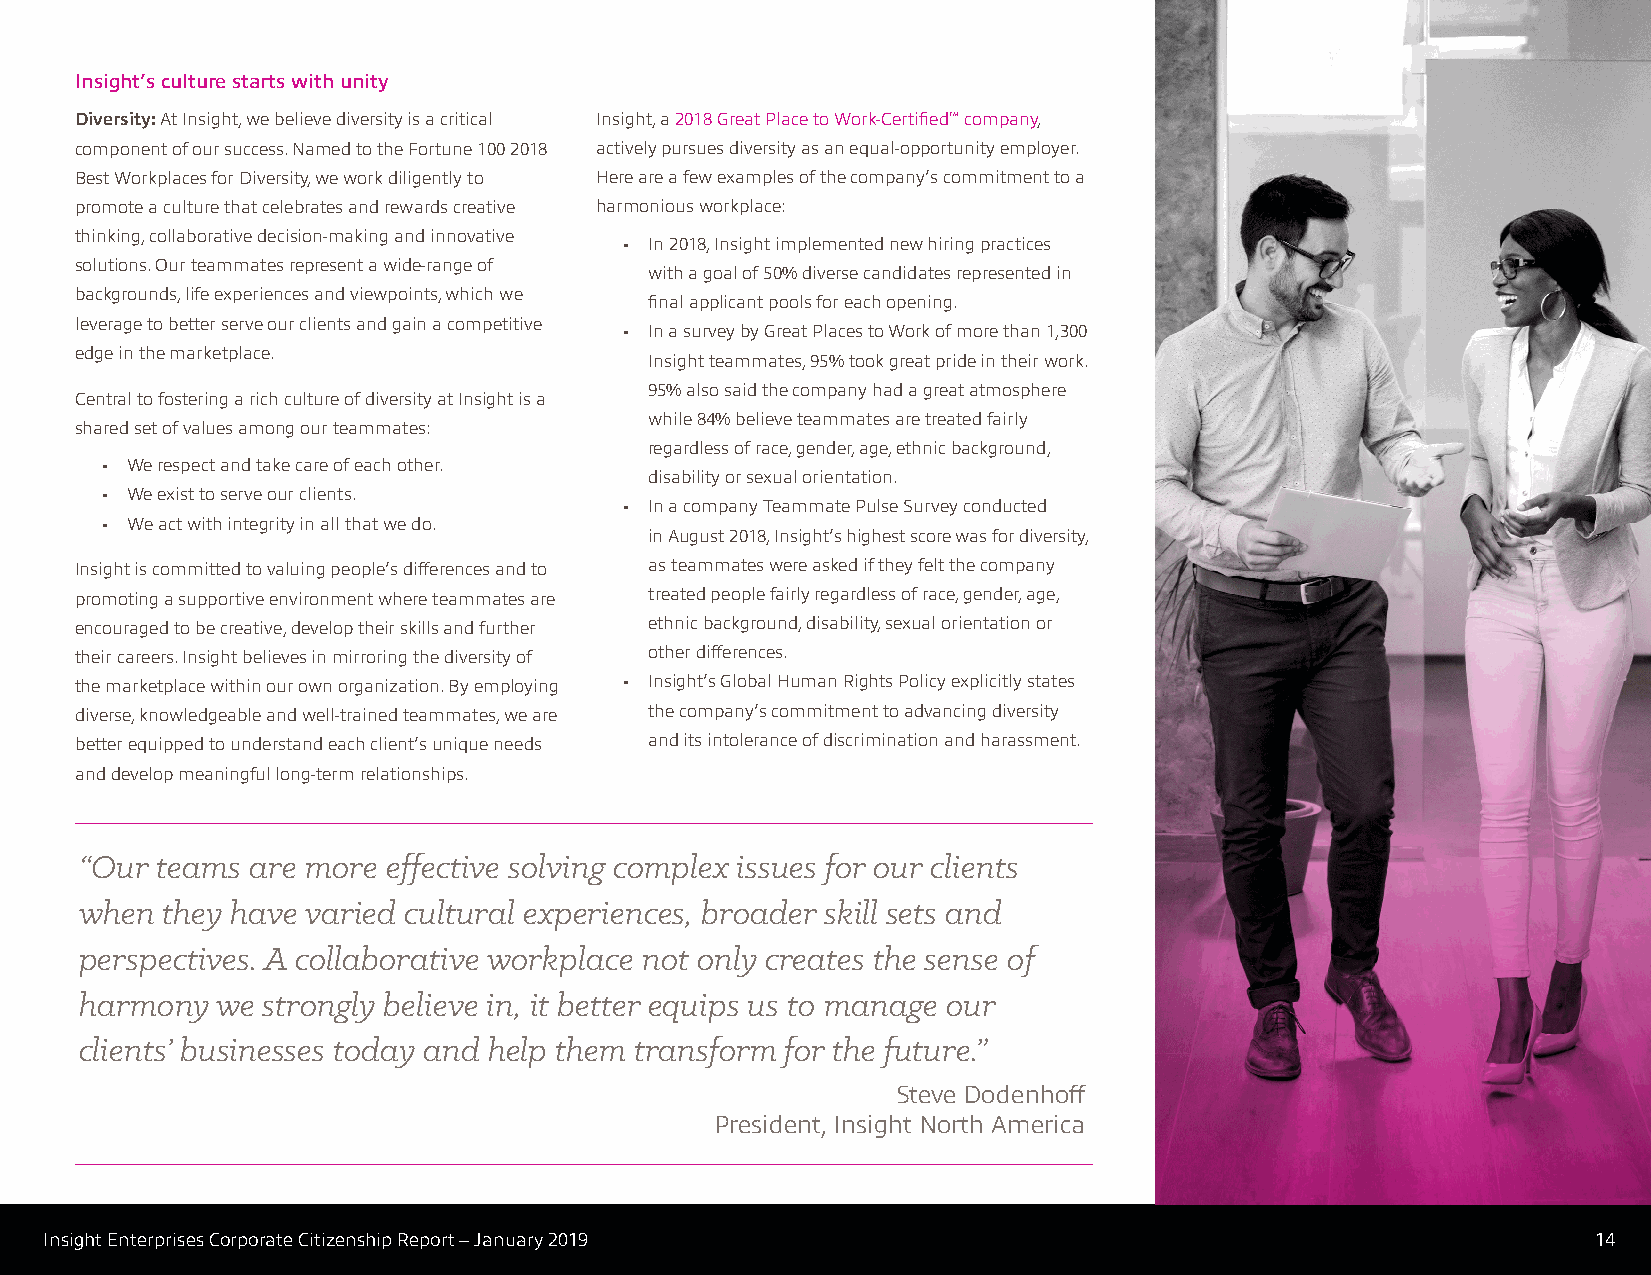
Insight’s culture starts with unity
 Diversity: At Insight, we believe diversity is a critical Insight, a 2018 Great Place to Work-Certified™ company,
 component of our success. Named to the Fortune 100 2018 actively pursues diversity as an equal-opportunity employer.
 Best Workplaces for Diversity, we work diligently to Here are a few examples of the company’s commitment to a
 promote a culture that celebrates and rewards creative harmonious workplace:
 thinking, collaborative decision-making and innovative
 • In 2018, Insight implemented new hiring practices
 solutions. Our teammates represent a wide-range of
 with a goal of 50% diverse candidates represented in
 backgrounds, life experiences and viewpoints, which we
 final applicant pools for each opening.
 leverage to better serve our clients and gain a competitive
 • In a survey by Great Places to Work of more than 1,300
 edge in the marketplace.
 Insight teammates, 95% took great pride in their work.
 95% also said the company had a great atmosphere
 Central to fostering a rich culture of diversity at Insight is a
 while 84% believe teammates are treated fairly
 shared set of values among our teammates:
 regardless of race, gender, age, ethnic background,
 • We respect and take care of each other.
 disability or sexual orientation.
 • We exist to serve our clients.
 • In a company Teammate Pulse Survey conducted
 • We act with integrity in all that we do.
 in August 2018, Insight’s highest score was for diversity,
 Insight is committed to valuing people’s differences and to as teammates were asked if they felt the company
 promoting a supportive environment where teammates are treated people fairly regardless of race, gender, age,
 encouraged to be creative, develop their skills and further ethnic background, disability, sexual orientation or
 their careers. Insight believes in mirroring the diversity of other differences.
 the marketplace within our own organization. By employing • Insight’s Global Human Rights Policy explicitly states
 diverse, knowledgeable and well-trained teammates, we are the company’s commitment to advancing diversity
 better equipped to understand each client’s unique needs and its intolerance of discrimination and harassment.
 and develop meaningful long-term relationships.
 “Our teams are more  effective solving complex issues for our clients
 when  they have varied cultural experiences, broader skill sets and
 perspectives. A collaborative workplace not only creates the sense of
 harmony  we strongly believe in, it better equips us to manage our
 clients’ businesses today and help them transform for the future.”
 Steve Dodenhoff
 President, Insight North America
 Insight Enterprises Corporate Citizenship Report – January 2019                                        14